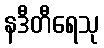
နဒီတီရေသု